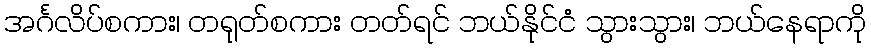
အင်္ဂလိပ်စကား၊ တရုတ်စကား တတ်ရင် ဘယ်နိုင်ငံ သွားသွား၊ ဘယ်နေရာကို